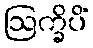
ဩက္ခိပိံ